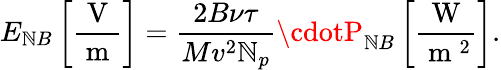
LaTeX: E_{\mathbb{N}B}\left[\frac{{\mathrm{{~V~}}}}{{\mathrm{{~m~}}}}\right]=\frac{{2B\nu\tau}}{{Mv^{2}\mathbb{N}_{p}}}\cdotP_{\mathbb{N}B}\left[\frac{{\mathrm{{~W~}}}}{{\mathrm{{~m~}}^{2}}}\right].